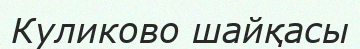
Куликово шайқасы